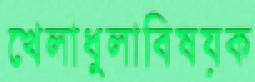
খেলাধুলাবিষয়ক